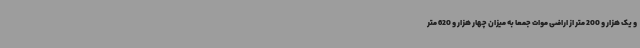
و یک هزار و 200 متر از اراضی موات جمعاً به میزان چهار هزار و 620 متر